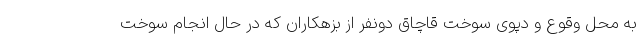
به محل وقوع و دپوی سوخت قاچاق دونفر از بزهکاران که در حال انجام سوخت